Indian journal of veterinary science and animal husbandry - Volume 6,
Year: 1936
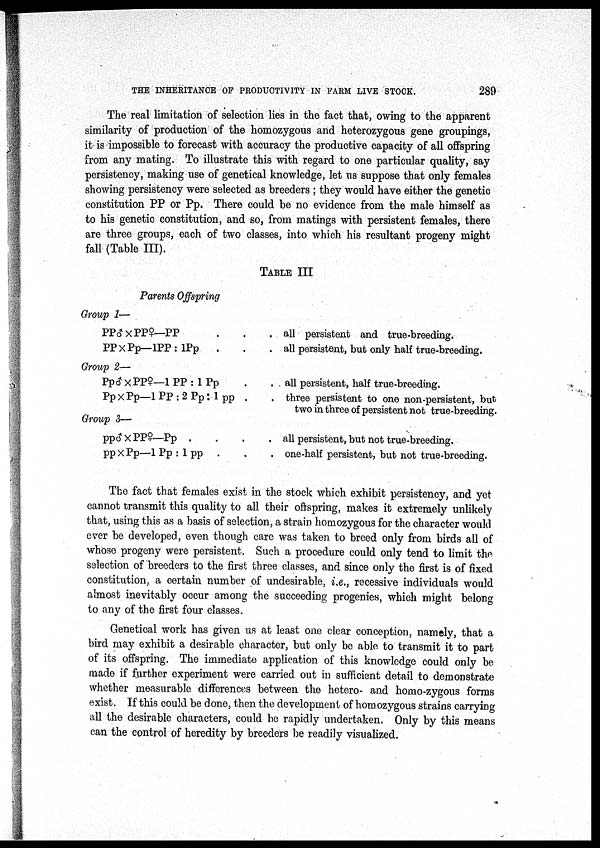
THE INHERITANCE OF PRODUCTIVITY IN FARM LIVE STOCK.
289
The real limitation of selection lies in the fact that, owing to the apparent
similarity of production of the homozygous and heterozygous gene groupings,
it is impossible to forecast with accuracy the productive capacity of all offspring
from any mating. To illustrate this with regard to one particular quality, say
persistency, making use of genetical knowledge, let us suppose that only females
showing persistency were selected as breeders ; they would have either the genetic
constitution PP or Pp. There could be no evidence from the male himself as
to his genetic constitution, and so, from matings with persistent females, there
are three groups, each of two classes, into which his resultant progeny might
fall (Table III).
TABLE III
Parents Offspring
Group 1—
PP♂×PP♀—PP . . .
PP×Pp—1 PP : 1 Pp . . .
Group 2—
Pp♂ × PP♀—1 PP: 1 Pp . .
Pp × Pp—1 PP : 2 P P : 1 pp . .
Group 3—
pp♂ × PP♀—Pp . . . .
pp × Pp—1 Pp : 1 pp . . .
all persistent and true-breeding.
all persistent, but only half true-breeding.
all persistent, half true-breeding.
three persistent to one non-persistent, but
two in three of persistent not true-breeding.
all persistent, but not true-breeding.
one-half persistent, but not true-breeding.
The fact that females exist in the stock which exhibit persistency, and yet
cannot transmit this quality to all their offspring, makes it extremely unlikely
that, using this as a basis of selection, a strain homozygous for the character would
ever be developed, even though care was taken to breed only from birds all of
whose progeny were persistent. Such a procedure could only tend to limit the
selection of breeders to the first three classes, and since only the first is of fixed
constitution, a certain number of undesirable, i.e., recessive individuals would
almost inevitably occur among the succeeding progenies, which might belong
to any of the first four classes.
Genetical work has given us at least one clear conception, namely, that a
bird may exhibit a desirable character, but only be able to transmit it to part
of its offspring. The immediate application of this knowledge could only be
made if further experiment were carried out in sufficient detail to demonstrate
whether measurable differences between the hetero- and homo-zygous forms
exist. If this could be done, then the development of homozygous strains carrying
all the desirable characters, could be rapidly undertaken. Only by this means
can the control of heredity by breeders be readily visualized.